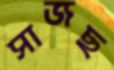
সাজছ